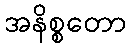
အနိစ္စတော